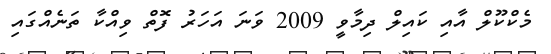
މެކްކޫލް އާއި ކައިލް ދިމާވީ 2009 ވަނަ އަހަރު ފޮތް ވިއްކާ ތަނެއްގައި